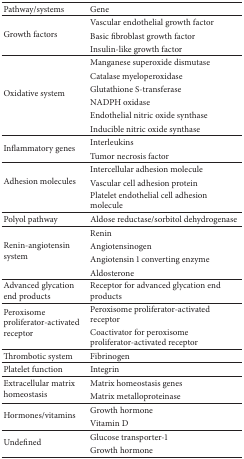
| Pathway/systems | Gene |
 | --- | --- |
 | <ROWSPAN=3> Growth factors | Vascular endothelial growth factor |
 | Basic fibroblast growth factor |
 | Insulin-like growth factor |
 | <ROWSPAN=6> Oxidative system | Manganese superoxide dismutase |
 | Catalase myeloperoxidase |
 | Glutathione S-transferase |
 | NADPH oxidase |
 | Endothelial nitric oxide synthase |
 | Inducible nitric oxide synthase |
 | <ROWSPAN=2> Inflammatory genes | Interleukins |
 | Tumor necrosis factor |
 | <ROWSPAN=3> Adhesion molecules | Intercellular adhesion molecule |
 | Vascular cell adhesion protein |
 | Platelet endothelial cell adhesion molecule |
 | Polyol pathway | Aldose reductase/sorbitol dehydrogenase |
 | <ROWSPAN=4> Renin-angiotensin system | Renin |
 | Angiotensinogen |
 | Angiotensin 1 converting enzyme |
 | Aldosterone |
 | Advanced glycation end products | Receptor for advanced glycation end products |
 | <ROWSPAN=2> Peroxisome proliferator-activated receptor | Peroxisome proliferator-activated receptor |
 | Coactivator for peroxisome proliferator-activated receptor |
 | Thrombotic system | Fibrinogen |
 | Platelet function | Integrin |
 | <ROWSPAN=2> Extracellular matrix homeostasis | Matrix homeostasis genes |
 | Matrix metalloproteinase |
 | <ROWSPAN=2> Hormones/vitamins | Growth hormone |
 | Vitamin D |
 | <ROWSPAN=2> Undefined | Glucose transporter-1 |
 | Growth hormone |